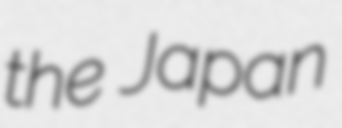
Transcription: the Japan